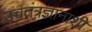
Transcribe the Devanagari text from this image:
उच्चतंत्रज्ञानाशी